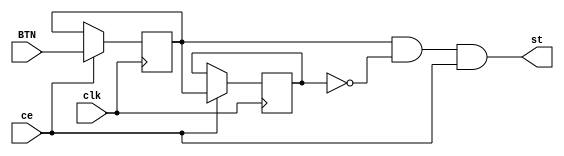
module BTN1_BL(input BTN, output wire st,
               input clk,
               input ce);

  assign st = q1 & !q2 & ce;
  reg q1 = 0, q2 = 0;
  always @(posedge clk) begin
    q1 <= ce ? BTN : q1; q2 <= ce ? q1 : q2;
  end

endmodule